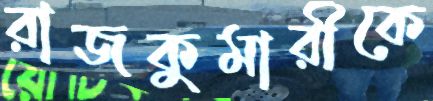
রাজকুমারীকে